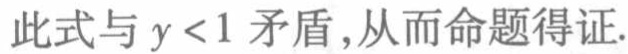
此式与 \(y < 1\) 矛盾,从而命题得证.